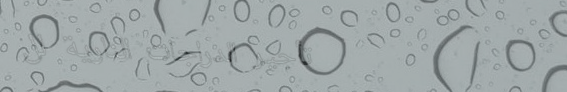
تأجير الدراجات النارية لل